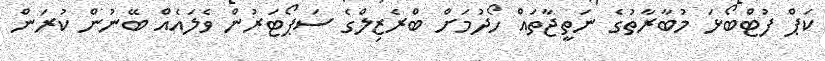
ކަޕް ފުޓްބޯޅަ މުބާރާތުގެ ނަތީޖާތައް ހޯދުމަށް ބްރެޒިލްގެ ސަޕޯޓަރުން ވެލައެއް ބޭނުން ކުރަން